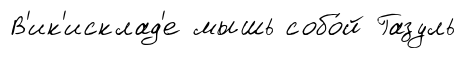
В'ик'исклад'е мышь собо́й Газуль